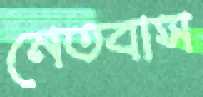
নেতবাস